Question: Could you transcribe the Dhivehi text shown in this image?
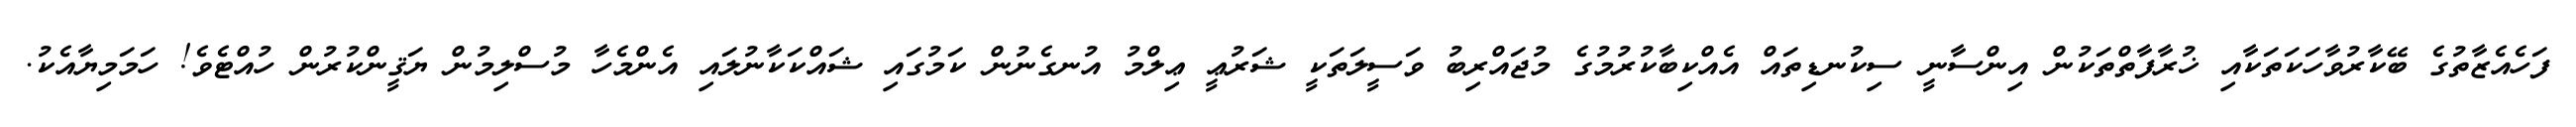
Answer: ފަހެއެޒާތުގެ ބޭކާރުވާހަކަތަކާއި ޚުރާފާތްތަކުން އިންސާނީ ސިކުނޑިތައް އެއްކިބާކުރުމުގެ މުޖައްރިބު ވަސީލަތަކީ ޝަރުޢީ ޢިލްމު އުނގެނުން ކަމުގައި ޝައްކަކާނުލައި އެންމެހާ މުސްލިމުން ޔަޤީންކުރުން ހުއްޓެވެ! ހަމަމިޔާއެކު.